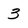
Character: 3